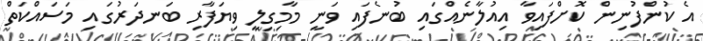
އެ ކުންފުނިން ކޮށްފައިވާ އިއުލާނެއްގައި ބުނެފައި ވަނީ މާމިގިލީ ވިޔަފާރި ބަނދަރުގައި މަސައްކަތް